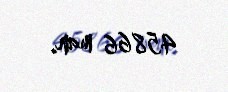
45866 man.